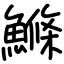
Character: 鰷